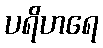
ပရိဟရေ